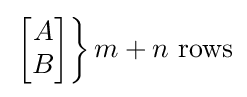
\textstyle \left.{\begin{bmatrix}A\\B\end{bmatrix}}\right\}m+n{\text{ rows}}